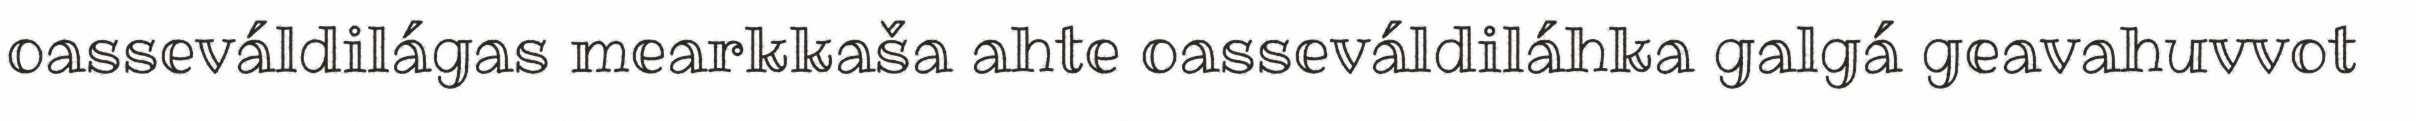
oasseváldilágas mearkkaša ahte oasseváldiláhka galgá geavahuvvot